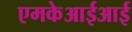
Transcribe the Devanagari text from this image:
एमकेआईआई